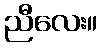
ညီလေး။